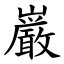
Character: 巌